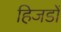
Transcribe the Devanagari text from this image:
हिजडों